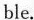
ble.